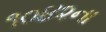
૧૦૪૨ના